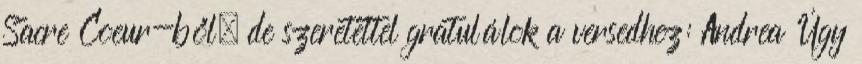
Sacre Coeur-ből, de szeretettel gratulálok a versedhez: Andrea Úgy